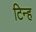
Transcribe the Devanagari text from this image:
टिन्ह